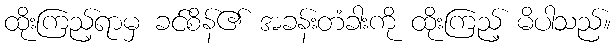
ထိုးကြည့်ရာမှ ခင်စိန်၏ အခန်းတံခါးကို ထိုးကြည့် မိပါသည်။